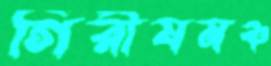
গিরীষমঞ্চ